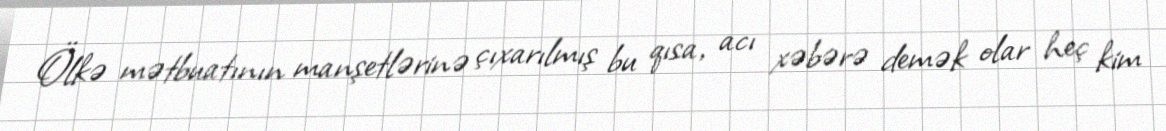
Ölkə mətbuatının manşetlərinə çıxarılmış bu qısa, acı xəbərə demək olar heç kim